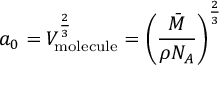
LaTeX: a _ { 0 } = V _ { \mathrm { m o l e c u l e } } ^ { \frac { 2 } { 3 } } = \left( { \frac { \bar { M } } { \rho N _ { A } } } \right) ^ { \frac { 2 } { 3 } }